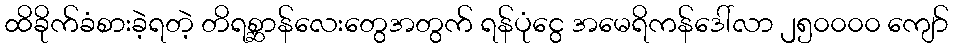
ထိခိုက်ခံစားခဲ့ရတဲ့ တိရစ္ဆာန်လေးတွေအတွက် ရန်ပုံငွေ အမေရိကန်ဒေါ်လာ ၂၅၀၀၀၀ ကျော်